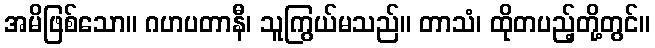
အမိဖြစ်သော။ ဂဟပတာနီ၊ သူကြွယ်မသည်။ တာသံ၊ ထိုတပည့်တို့တွင်။